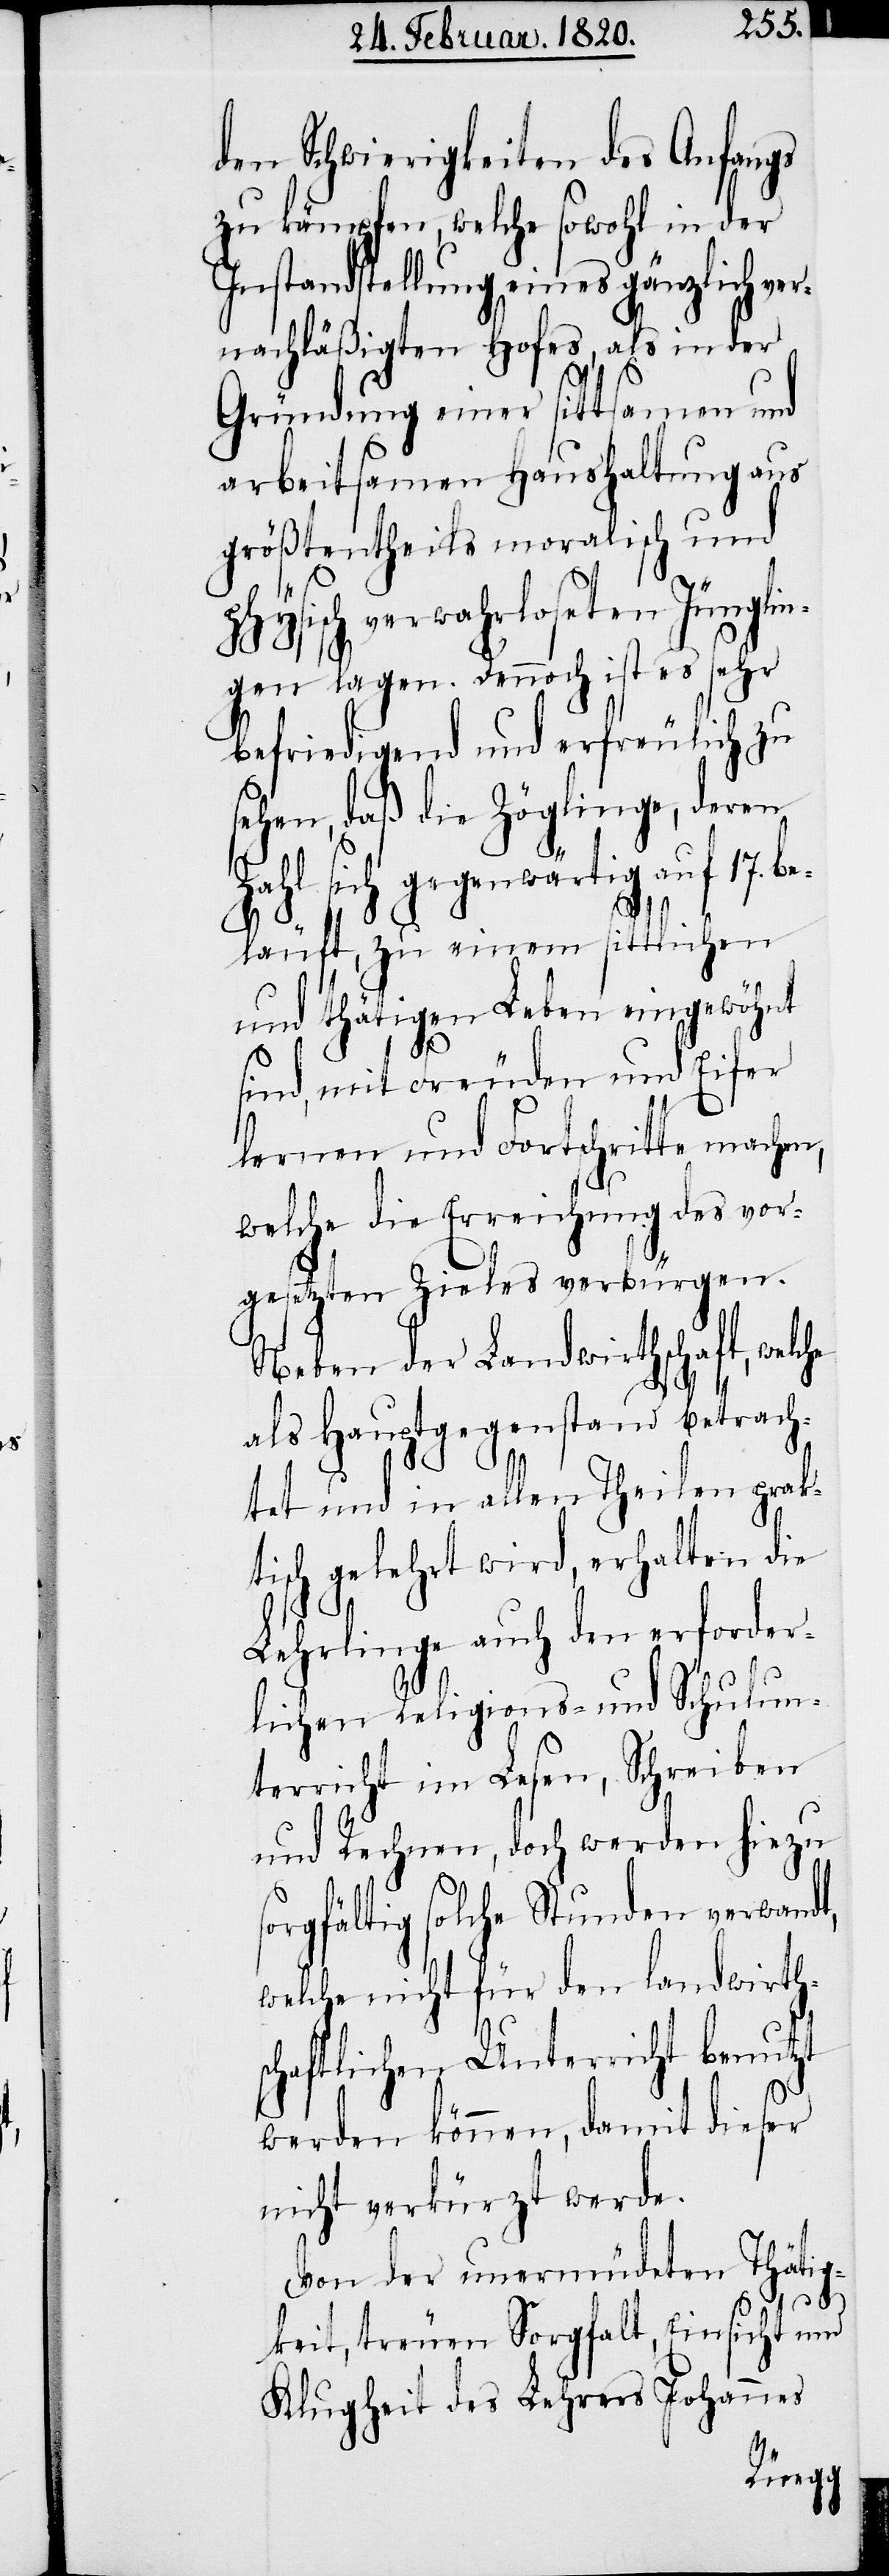
den Schwierigkeiten des Anfangs
zu kämpfen, welche sowohl in der
Instandstellung eines gänzlich ver¬
nachläßigten Hofes, als in der
Gründung einer sittsamen und
arbeitsamen Haushaltung aus
größtentheils moralisch und
sisch verwahrloseten Jünglin¬
Z¬
gen lagen. Dennoch ist es sehr
befriedigend und erfreulich zu
sehen, daß die Zöglinge, deren
ahl sich gegenwärtig auf 17.
läuft, zu einem sittlichen
und thätigen Leben eingewöhnt
sind, mit Freuden und Eifer
lernen und Fortschritte mache¬
welche die Erreichung des vor¬
gesetzten Zieles verbürgen.
Neben der Landwirthschaft, welc¬
als Hauptgegenstand betrach¬
tet und in allen Theilen prakt¬
isch gelehrt wird, erhalten die
Lehrlinge auch den erforder¬
lichen Religions- und Schulun¬
terricht im Lesen, Schreiben
und Rechnen, doch werden hiezu
sorgfältig solche Stunden verwandt,
welche nicht für den landwirth¬
schaftlichen Unterricht benutzt
werden können, damit dieser
nicht verkürzt werde.
Von der unermüdeten Thätig¬
phy¬
he
keit, treuen Sorgfalt, Einsicht und
Klugheit des Lehrers Johannes